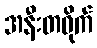
အနီးတဝိုက်